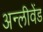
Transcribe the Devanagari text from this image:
अन्लीवेंड